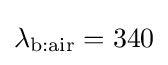
\lambda _{\text{b:air}}=340